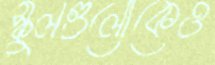
স্কুলগুলোকেও